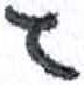
אות: ג